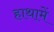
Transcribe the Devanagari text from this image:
हाथामें